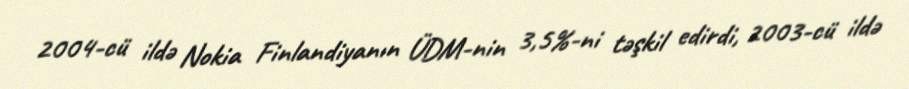
2004-cü ildə Nokia Finlandiyanın ÜDM-nin 3,5%-ni təşkil edirdi, 2003-cü ildə